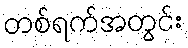
တစ်ရက်အတွင်း